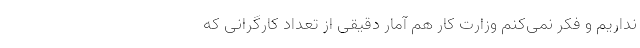
نداریم و فکر نمی‌کنم وزارت کار هم آمار دقیقی از تعداد کارگرانی که